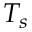
T _ { s }